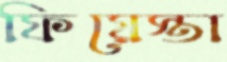
ফিয়েস্তা